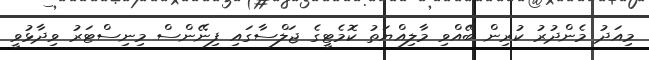
މިއަދު މެންދުރު ކުރިން ބޭއްވި މާލިއްޔަތު ކޮމެޓީގެ ޖަލްސާގައި ފިނޭންސް މިނިސްޓަރު ވިދާޅުވީ